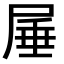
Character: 𭕠